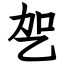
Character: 乫